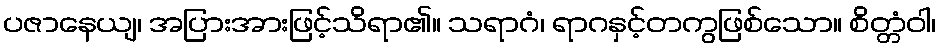
ပဇာနေယျ၊ အပြားအားဖြင့်သိရာ၏။ သရာဂံ၊ ရာဂနှင့်တကွဖြစ်သော။ စိတ္တံဝါ၊